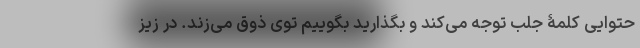
حتوایی کلمۀ جلب توجه می‌کند و بگذارید بگوییم توی ذوق می‌زند. در زیز